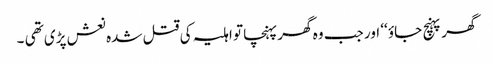
گھر پہنچ جاؤ ‘‘ اور جب وہ گھر پہنچا تو اہلیہ کی قتل شدہ نعش پڑی تھی ۔